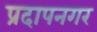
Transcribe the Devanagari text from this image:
प्रदापनगर